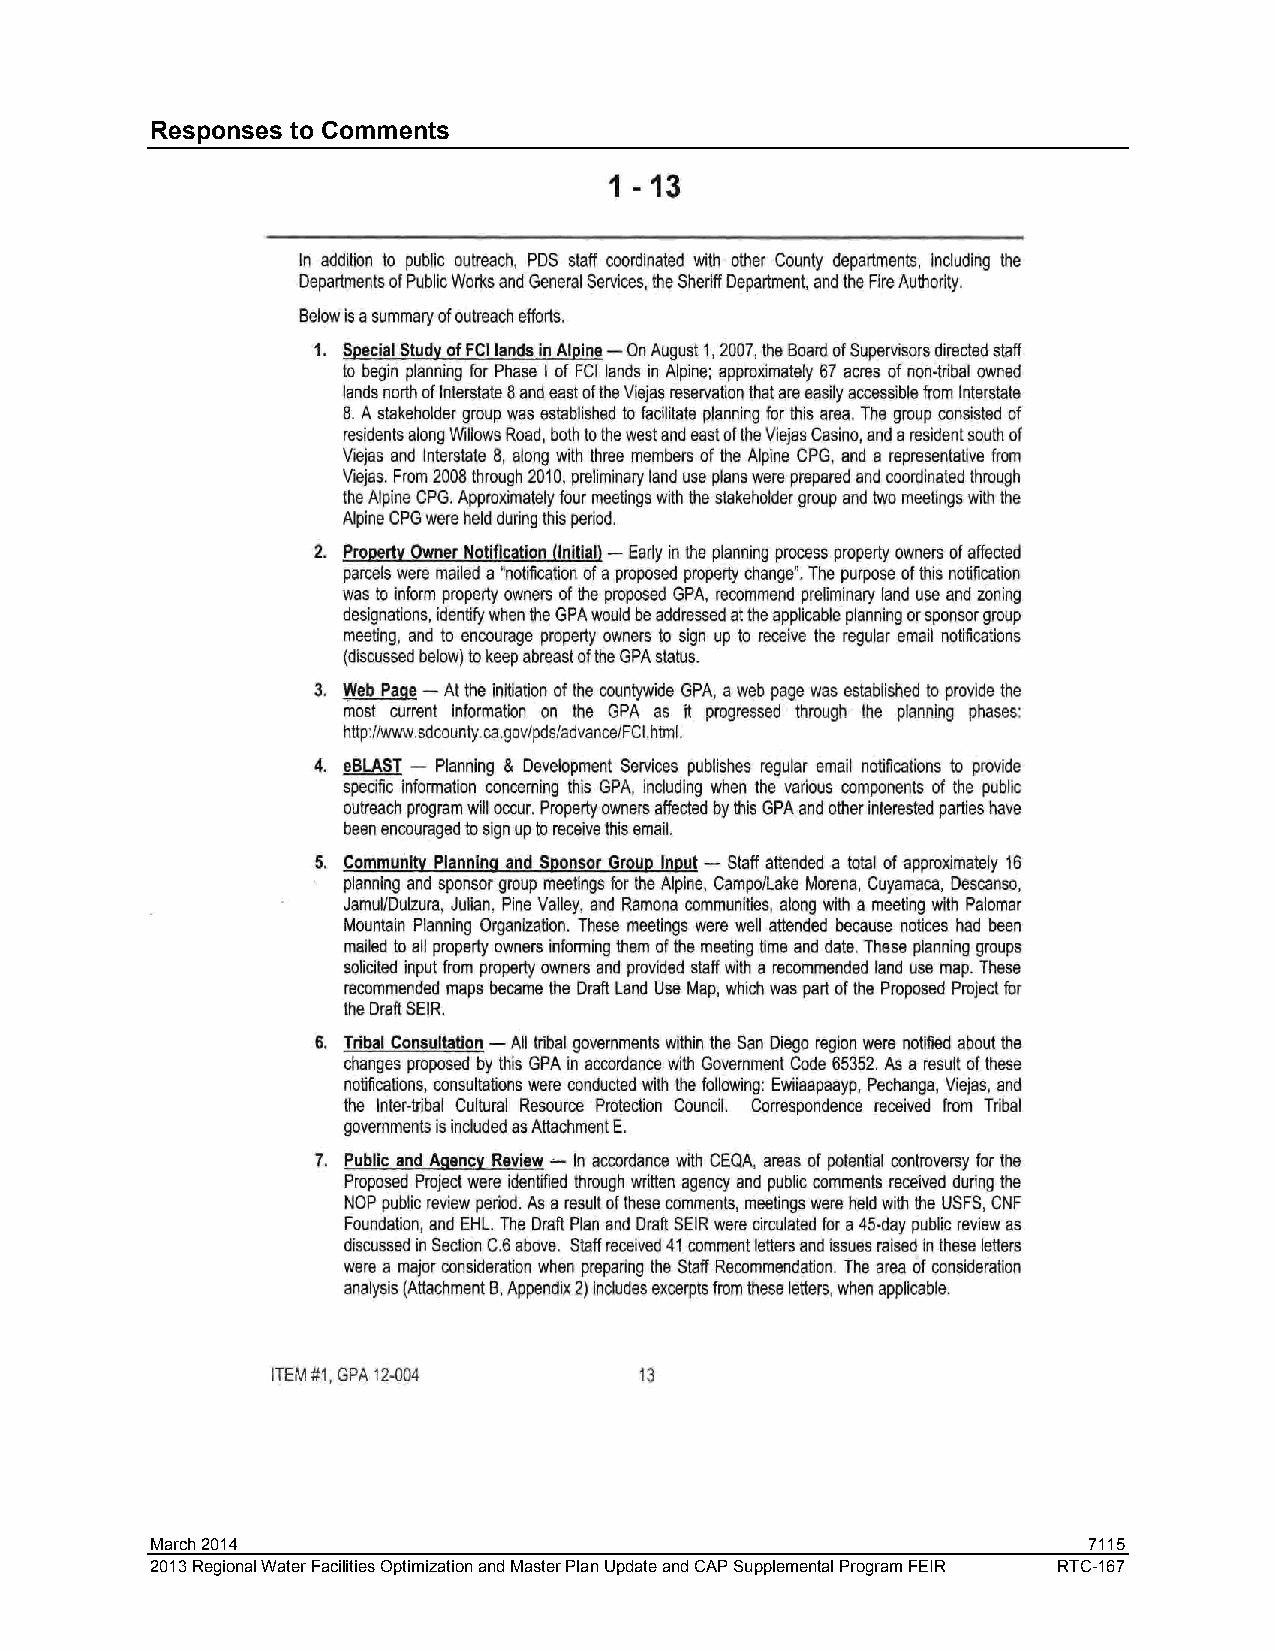
Responses to Comments
 March 2014                                                    7115
 2013 Regional Water Facilities Optimization and Master Plan Update and CAP Supplemental Program FEIR RTC-167